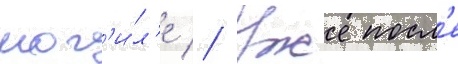
мог'и́л'е // Уже посл'е